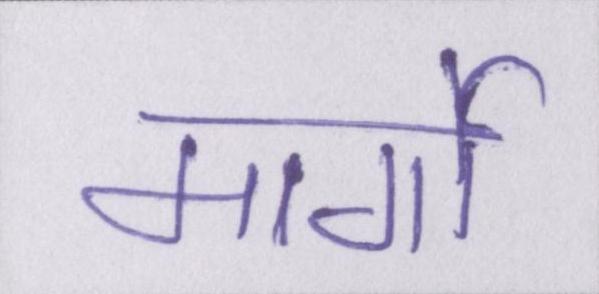
मार्गो